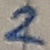
Text: 2